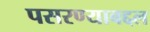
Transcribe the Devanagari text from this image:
पसरण्याबद्दल